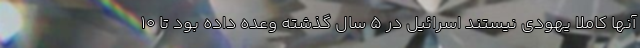
آنها کاملا یهودی نیستند اسرائیل در 5 سال گذشته وعده داده بود تا 10